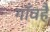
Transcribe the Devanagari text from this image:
गाँवहै